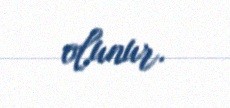
olunur.